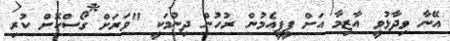
އޭނާ ވިދާޅުވީ އާޒިމާ އަށް ޕީޕީއެމުން ރުހުން ދިނުމަކީ "ވަރަށް ގޯސްކޮށް ކުރި